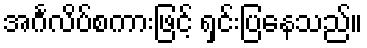
အင်္ဂလိပ်စကားဖြင့် ရှင်းပြနေသည်။